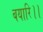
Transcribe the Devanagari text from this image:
बयारि।।